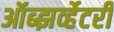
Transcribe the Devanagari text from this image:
ऑब्झर्व्हेटरी